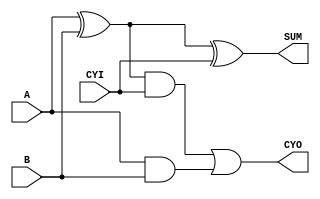

module full_adder(A, B, CYI, SUM, CYO);
    input   A;
    input   B;
    input   CYI;
    output  SUM;
    output  CYO;
        
    wire    A_XOR_B;
    
    assign A_XOR_B = A ^ B;
    assign SUM = (A_XOR_B) ^ CYI;
    assign CYO = ((A_XOR_B) & CYI) | (A & B);
    
endmodule

module full_adder_tb;
	reg A,B,CYI;		// input
	wire SUM,CYO;	// output

	full_adder U_full_adder( .A(A), .B(B), .CYI(CYI), .SUM(SUM), .CYO(CYO));

	initial begin
		$monitor("A = %b , B = %b CYI = %b, SUM = %b , CYO = %b",A,B,CYI,SUM,CYO);
		#10 A=0; B=0; CYI=0;	// SUM=0, CYO=0
		#10 A=0; B=1; CYI=0;	// SUM=1, CYO=0
		#10 A=1; B=0; CYI=0;	// SUM=1, CYO=0
		#10 A=1; B=1; CYI=0;	// SUM=0, CYO=1
      #10 A=0; B=0; CYI=1;	// SUM=1, CYO=0
		#10 A=0; B=1; CYI=1;	// SUM=0, CYO=1
		#10 A=1; B=0; CYI=1;	// SUM=0, CYO=1
		#10 A=1; B=1; CYI=1;	// SUM=1, CYO=1
	end

endmodule